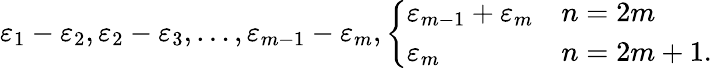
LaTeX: \varepsilon_{1}-\varepsilon_{2},\varepsilon_{2}-\varepsilon_{3},\ldots,\varepsilon_{m-1}-\varepsilon_{m},\left\{ {\begin{array}{ll}{\varepsilon_{m-1}+\varepsilon_{m}}&{n=2m}\\ {\varepsilon_{m}}&{n=2m+1.}\end{array}}\right.